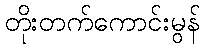
တိုးတက်ကောင်းမွန်